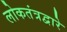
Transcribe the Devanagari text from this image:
लोकतंत्रद्वारे